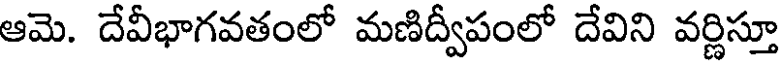
ఆమె. దేవీభాగవతంలో మణిద్వీపంలో దేవిని వర్ణిస్తూ